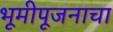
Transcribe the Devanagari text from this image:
भूमीपूजनाचा